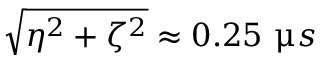
\sqrt { \eta ^ { 2 } + \zeta ^ { 2 } } \approx 0 . 2 5 ~ \upmu s